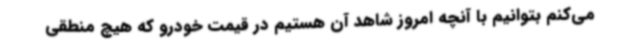
می‌کنم بتوانیم با آنچه امروز شاهد آن هستیم در قیمت خودرو که هیچ منطقی